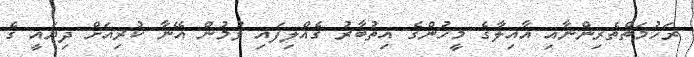
ރަހުމަތްތެރިންނާއި އާއިލާގެ މީހުންގެ އިތުބާރު ގެއްލިފައި ވުމުން އޭނާ ކުރިއަށް ދިޔައީ ގެ